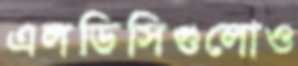
এলডিসিগুলোও